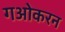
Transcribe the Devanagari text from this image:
गओकरन